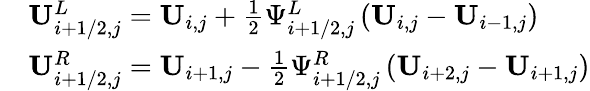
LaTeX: \begin{array}{rl}&{\mathbf{U}_{i+1/2,j}^{L}=\mathbf{U}_{i,j}+\frac{1}{2}\Psi_{i+1/2,j}^{L}\left(\mathbf{U}_{i,j}-\mathbf{U}_{i-1,j}\right)}\\ &{\mathbf{U}_{i+1/2,j}^{R}=\mathbf{U}_{i+1,j}-\frac{1}{2}\Psi_{i+1/2,j}^{R}\left(\mathbf{U}_{i+2,j}-\mathbf{U}_{i+1,j}\right)}\end{array}